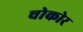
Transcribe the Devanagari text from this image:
चोकोर